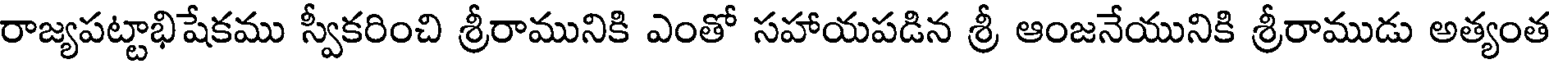
రాజ్యపట్టాభిషేకము స్వీకరించి శ్రీరామునికి ఎంతో సహాయపడిన శ్రీ ఆంజనేయునికి శ్రీరాముడు అత్యంత